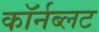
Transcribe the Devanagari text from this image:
कॉर्नब्लट